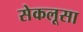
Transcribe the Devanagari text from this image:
सेकलूसा